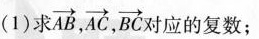
（1）求\overrightarrow{AB}，\overrightarrow{AC}，\overrightarrow{BC}对应的复数；